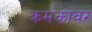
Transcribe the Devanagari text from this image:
क्रमंकावर